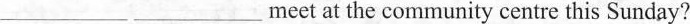
___ ___ meet at the community centre this Sunday?